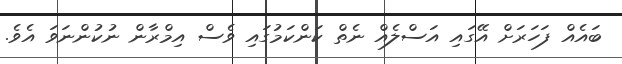
ބައެއް ފަހަރަށް އޭގައި އަސްލެއް ނެތް ކަންކަމުގައި ވެސް އިމްރާން ނުކުންނަވަ އެވެ.